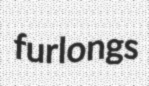
furlongs